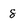
Character: 8